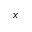
\boldsymbol { x }